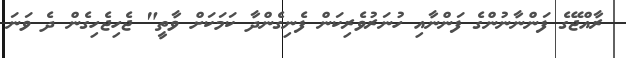
ރާއްޖޭގެ ފަންނާނުންގެ ފަންނާއި ހުނަރުވެރިކަން ފެނިގެންދާ ކަމަކަށް ވާތީ" ޖެހިޖެހިގެން ދެ ވަނަ